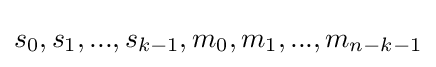
s_{0},s_{1},...,s_{k-1},m_{0},m_{1},...,m_{n-k-1}